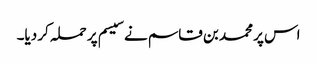
اس پر محمد بن قاسم نے سیسم پر حملہ کر دیا۔